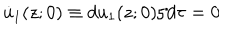
\dot { u } _ { 1 } ( z ; 0 ) \equiv d u _ { 1 } ( z ; 0 ) / d \tau = 0